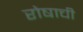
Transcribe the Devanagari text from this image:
रोषाची